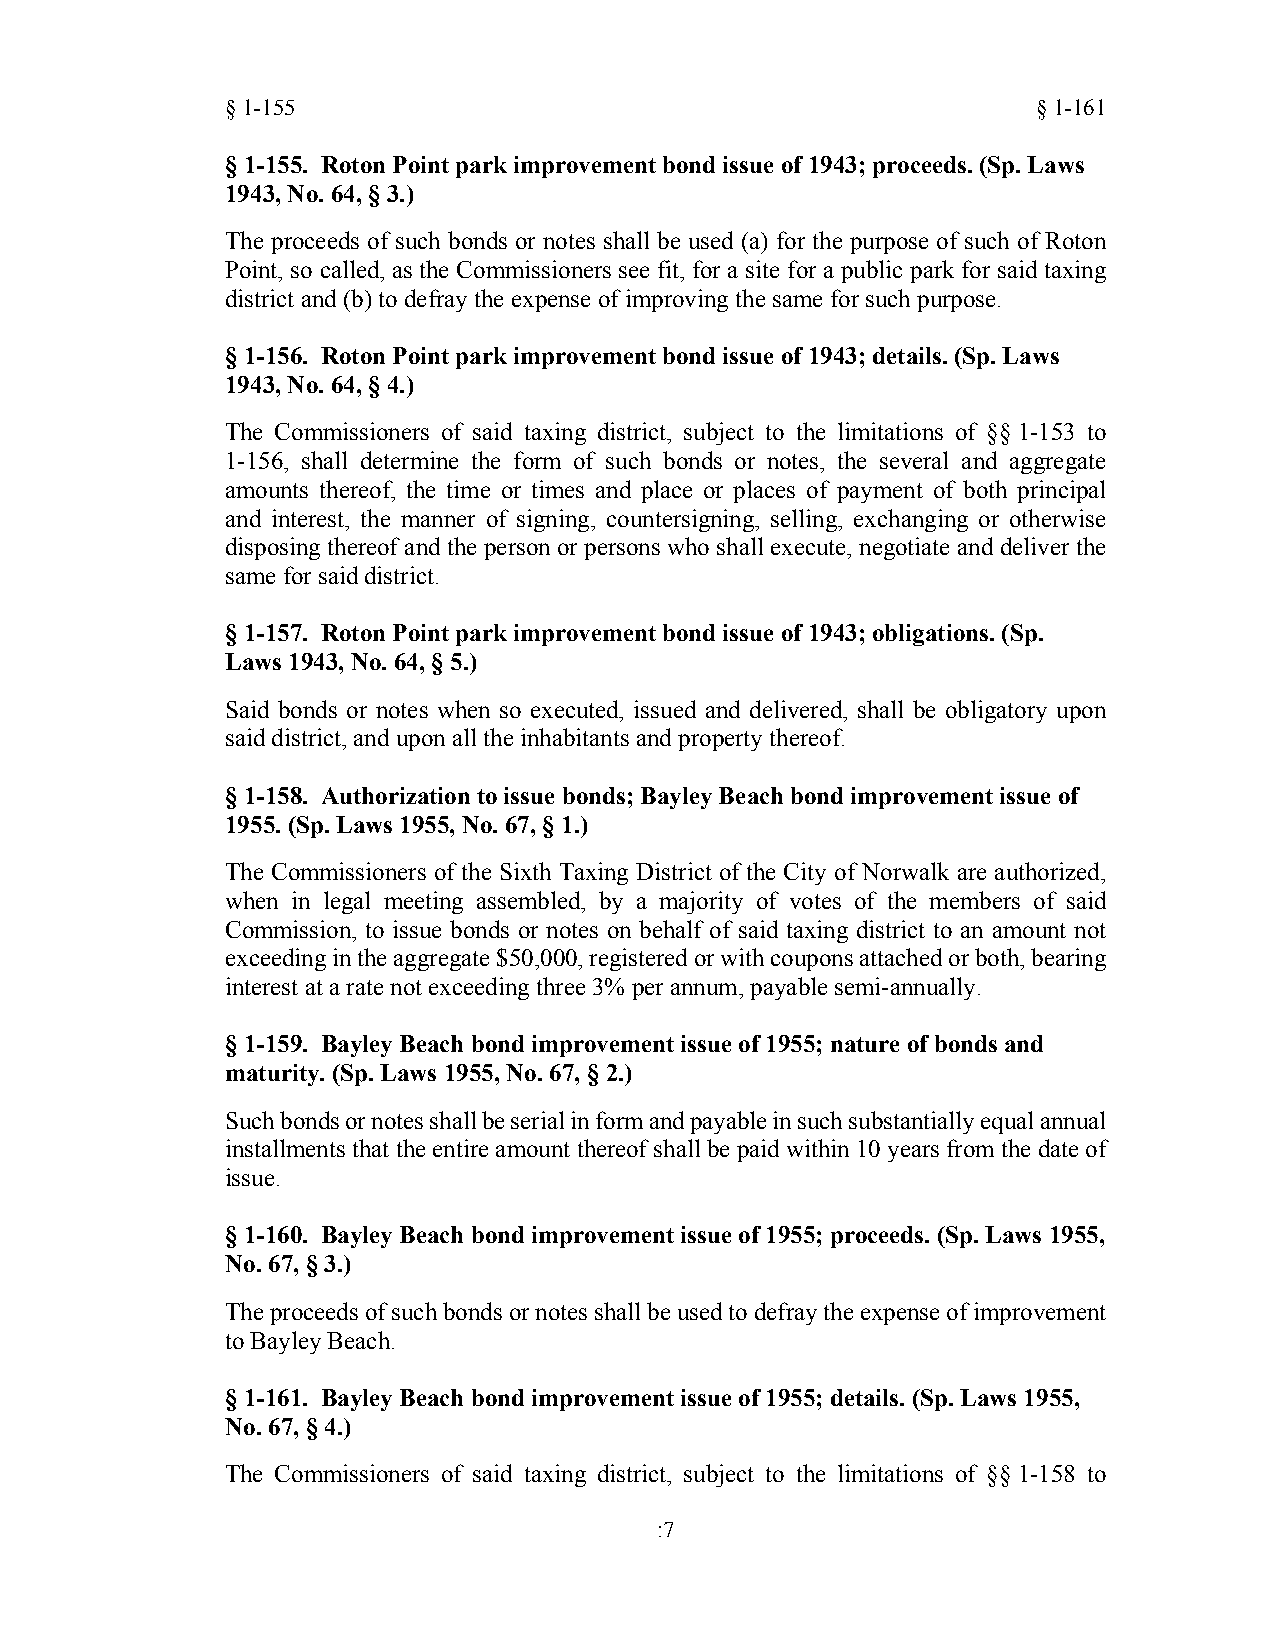
§1-155                                                §1-161
 §1-155. Roton Point park improvement bond issue of 1943; proceeds. (Sp. Laws
 1943, No. 64, § 3.)
 The proceeds of such bonds or notes shall be used (a) for the purpose of such of Roton
 Point, so called, as the Commissioners see fit, for a site for a public park for said taxing
 district and (b) to defray the expense of improving the same for such purpose.
 §1-156. Roton Point park improvement bond issue of 1943; details. (Sp. Laws
 1943, No. 64, § 4.)
 The Commissioners of said taxing district, subject to the limitations of §§ 1-153 to
 1-156, shall determine the form of such bonds or notes, the several and aggregate
 amounts thereof, the time or times and place or places of payment of both principal
 and interest, the manner of signing, countersigning, selling, exchanging or otherwise
 disposing thereof and the person or persons who shall execute, negotiate and deliver the
 same for said district.
 §1-157. Roton Point park improvement bond issue of 1943; obligations. (Sp.
 Laws 1943, No. 64, § 5.)
 Said bonds or notes when so executed, issued and delivered, shall be obligatory upon
 said district, and upon all the inhabitants and property thereof.
 §1-158. Authorization to issue bonds; Bayley Beach bond improvement issue of
 1955.(Sp. Laws 1955, No. 67, § 1.)
 The Commissioners of the Sixth Taxing District of the City of Norwalk are authorized,
 when in legal meeting assembled, by a majority of votes of the members of said
 Commission, to issue bonds or notes on behalf of said taxing district to an amount not
 exceedingintheaggregate$50,000,registeredorwithcouponsattachedorboth,bearing
 interest at a rate not exceeding three 3% per annum, payable semi-annually.
 §1-159. Bayley Beach bond improvement issue of 1955; nature of bonds and
 maturity. (Sp. Laws 1955, No. 67, § 2.)
 Suchbondsornotesshallbeserialinformandpayableinsuchsubstantiallyequalannual
 installments thattheentire amountthereofshallbepaidwithin10yearsfromthedateof
 issue.
 §1-160. Bayley Beach bond improvement issue of 1955; proceeds. (Sp. Laws 1955,
 No. 67, § 3.)
 Theproceedsofsuchbondsornotesshallbeusedtodefraytheexpenseofimprovement
 to Bayley Beach.
 §1-161. Bayley Beach bond improvement issue of 1955; details. (Sp. Laws 1955,
 No. 67, § 4.)
 The Commissioners of said taxing district, subject to the limitations of §§ 1-158 to
 :7